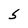
Character: S